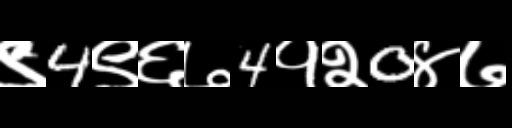
Text: ९4९६७4१२0४७